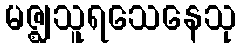
မဇ္ဈသူရသေနေသု